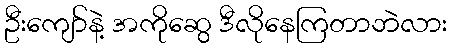
ဦးကျော်နဲ့ အကိုဆွေ ဒီလိုနေကြတာဘဲလား